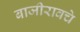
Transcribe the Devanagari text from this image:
बाजीरावचे